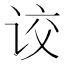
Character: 𰵦